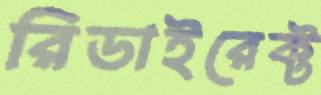
রিডাইরেক্ট